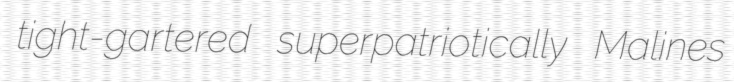
tight-gartered superpatriotically Malines